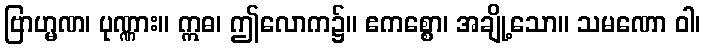
ဗြာဟ္မဏ၊ ပုဏ္ဏား။ ဣဓ၊ ဤလောက၌။ ဧကစ္စော၊ အချို့သော။ သမဏော ဝါ၊